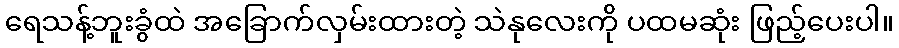
ရေသန့်ဘူးခွံထဲ အခြောက်လှမ်းထားတဲ့ သဲနုလေးကို ပထမဆုံး ဖြည့်ပေးပါ။